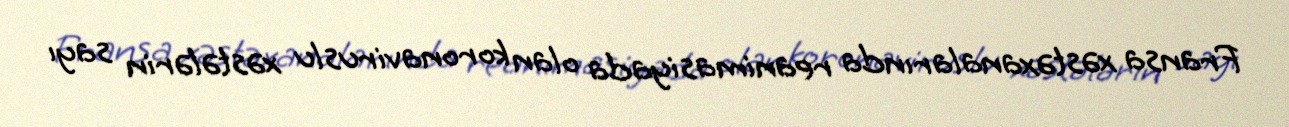
Fransa xəstəxanalarında reanimasiyada olan koronaviruslu xəstələrin sayı